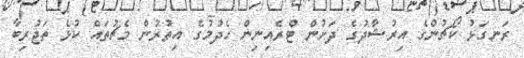
ރަނގަޅު ކޯޗުންގެ އިރުޝާދުގެ ދަށުން ޓްރެއިނިން ހެދުމުގެ އިތުރުން މެޗުތައް ކުޅެ ތަޖުރިބާ